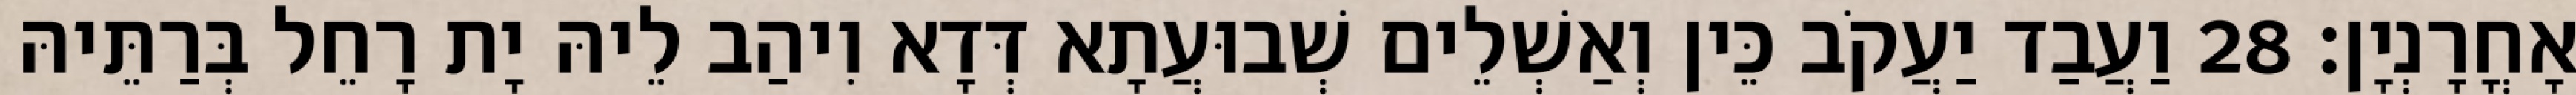
אָחֳרָנְיָן׃ 28 וַעֲבַד יַעֲקֹב כֵּין וְאַשְׁלֵים שְׁבוּעֲתָא דְּדָא וִיהַב לֵיהּ יָת רָחֵל בְּרַתֵּיהּ